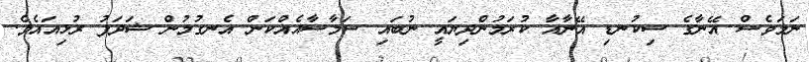
ނަމަވެސް އޭނާގެ ސިކުނޑި އޭނާއާ ކުރަމުންދިޔައީ ނުބައި ސަމާސާއެއްކަން އެނގުމުން ޝަދަފު ރުޅިއައެވެ.